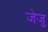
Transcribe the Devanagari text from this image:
जेजु